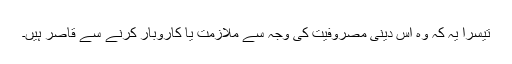
تیسرا یہ کہ وہ اس دینی مصروفیت کی وجہ سے ملازمت یا کاروبار کرنے سے قاصر ہیں۔